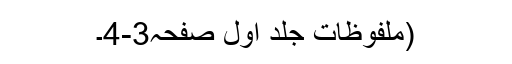
(ملفوظات جلد اول صفحہ3-4۔